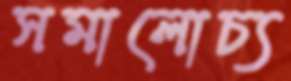
সমালোচ্য